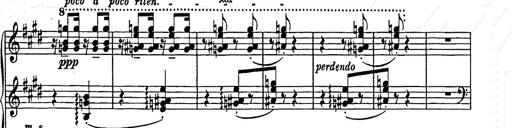
Title: Ave Maria
Composer: Joseph Ascher
Key: D-flat major